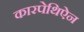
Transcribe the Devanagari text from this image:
कारपेथिऐन